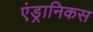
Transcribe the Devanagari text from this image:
एंड्रानिकस